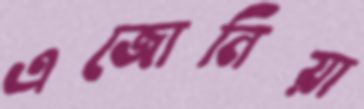
এজোনিয়া